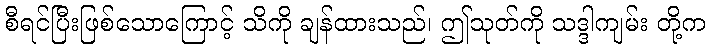
စီရင်ပြီးဖြစ်သောကြောင့် သိကို ချန်ထားသည်၊ ဤသုတ်ကို သဒ္ဒါကျမ်း တို့က